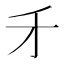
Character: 𠄒